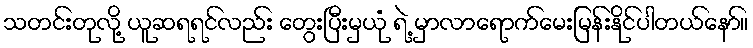
သတင်းတုလို့ ယူဆရရင်လည်း တွေးပြီးမှယုံ ရဲ့ မှာလာရောက်မေးမြန်းနိုင်ပါတယ်နော်။